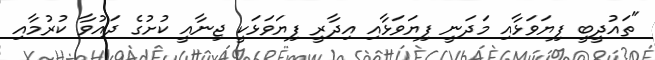
"ތައުދީބީ ފިޔަވަޅާއި މަދަނީ ފިޔަވަޅާއި އިދާރީ ފިޔަވަޅަކީ ޖިނާއީ ކުށުގެ ދައުވާ ކުރުމާއި